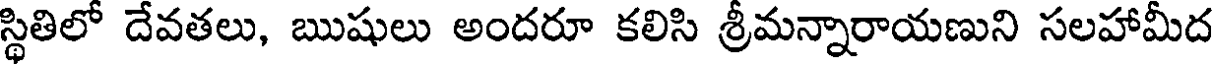
స్థితిలో దేవతలు, ఋషులు అందరూ కలిసి శ్రీమన్నారాయణుని సలహామీద